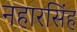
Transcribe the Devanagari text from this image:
नहारसिंह